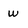
Character: w